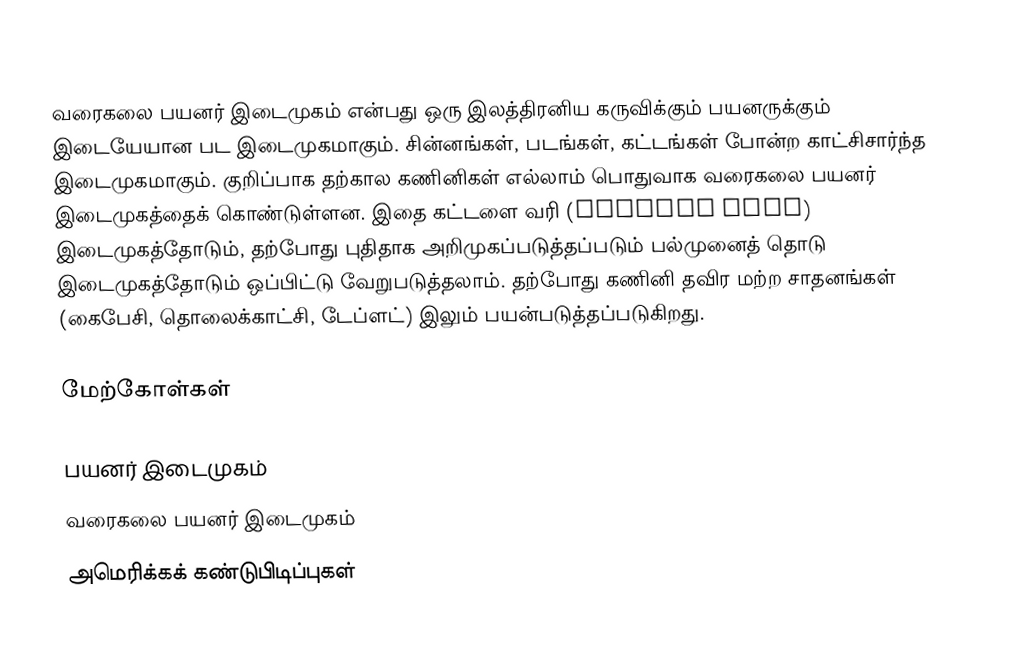
வரைகலை பயனர் இடைமுகம் என்பது ஒரு இலத்திரனிய கருவிக்கும் பயனருக்கும் இடையேயான பட இடைமுகமாகும்.  சின்னங்கள், படங்கள், கட்டங்கள் போன்ற காட்சிசார்ந்த இடைமுகமாகும்.  குறிப்பாக தற்கால கணினிகள் எல்லாம் பொதுவாக வரைகலை பயனர் இடைமுகத்தைக் கொண்டுள்ளன.  இதை கட்டளை வரி (command line) இடைமுகத்தோடும், தற்போது புதிதாக அறிமுகப்படுத்தப்படும் பல்முனைத் தொடு இடைமுகத்தோடும் ஒப்பிட்டு வேறுபடுத்தலாம். தற்போது கணினி தவிர மற்ற சாதனங்கள் (கைபேசி, தொலைக்காட்சி, டேப்ளட்) இலும் பயன்படுத்தப்படுகிறது.

மேற்கோள்கள்

பயனர் இடைமுகம்
வரைகலை பயனர் இடைமுகம்
அமெரிக்கக் கண்டுபிடிப்புகள்